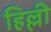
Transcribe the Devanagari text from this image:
हिल्ली